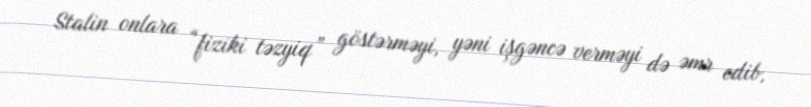
Stalin onlara “fiziki təzyiq” göstərməyi, yəni işgəncə verməyi də əmr edib,